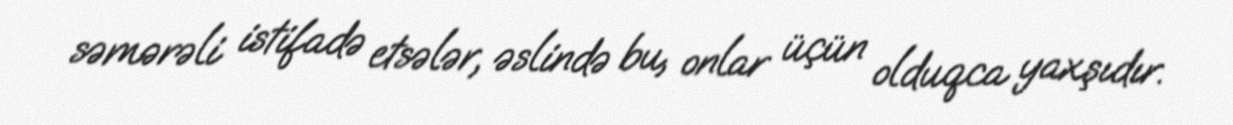
səmərəli istifadə etsələr, əslində bu, onlar üçün olduqca yaxşıdır.